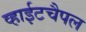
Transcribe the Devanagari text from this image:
व्हाईटचैपल